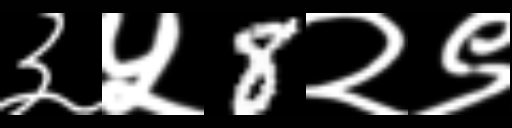
Text: ३५8२९